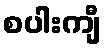
စပါးကျီ